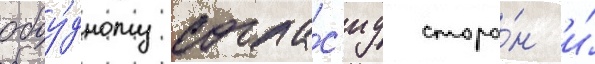
обоу́дному согла́с'иу сторо́н и́